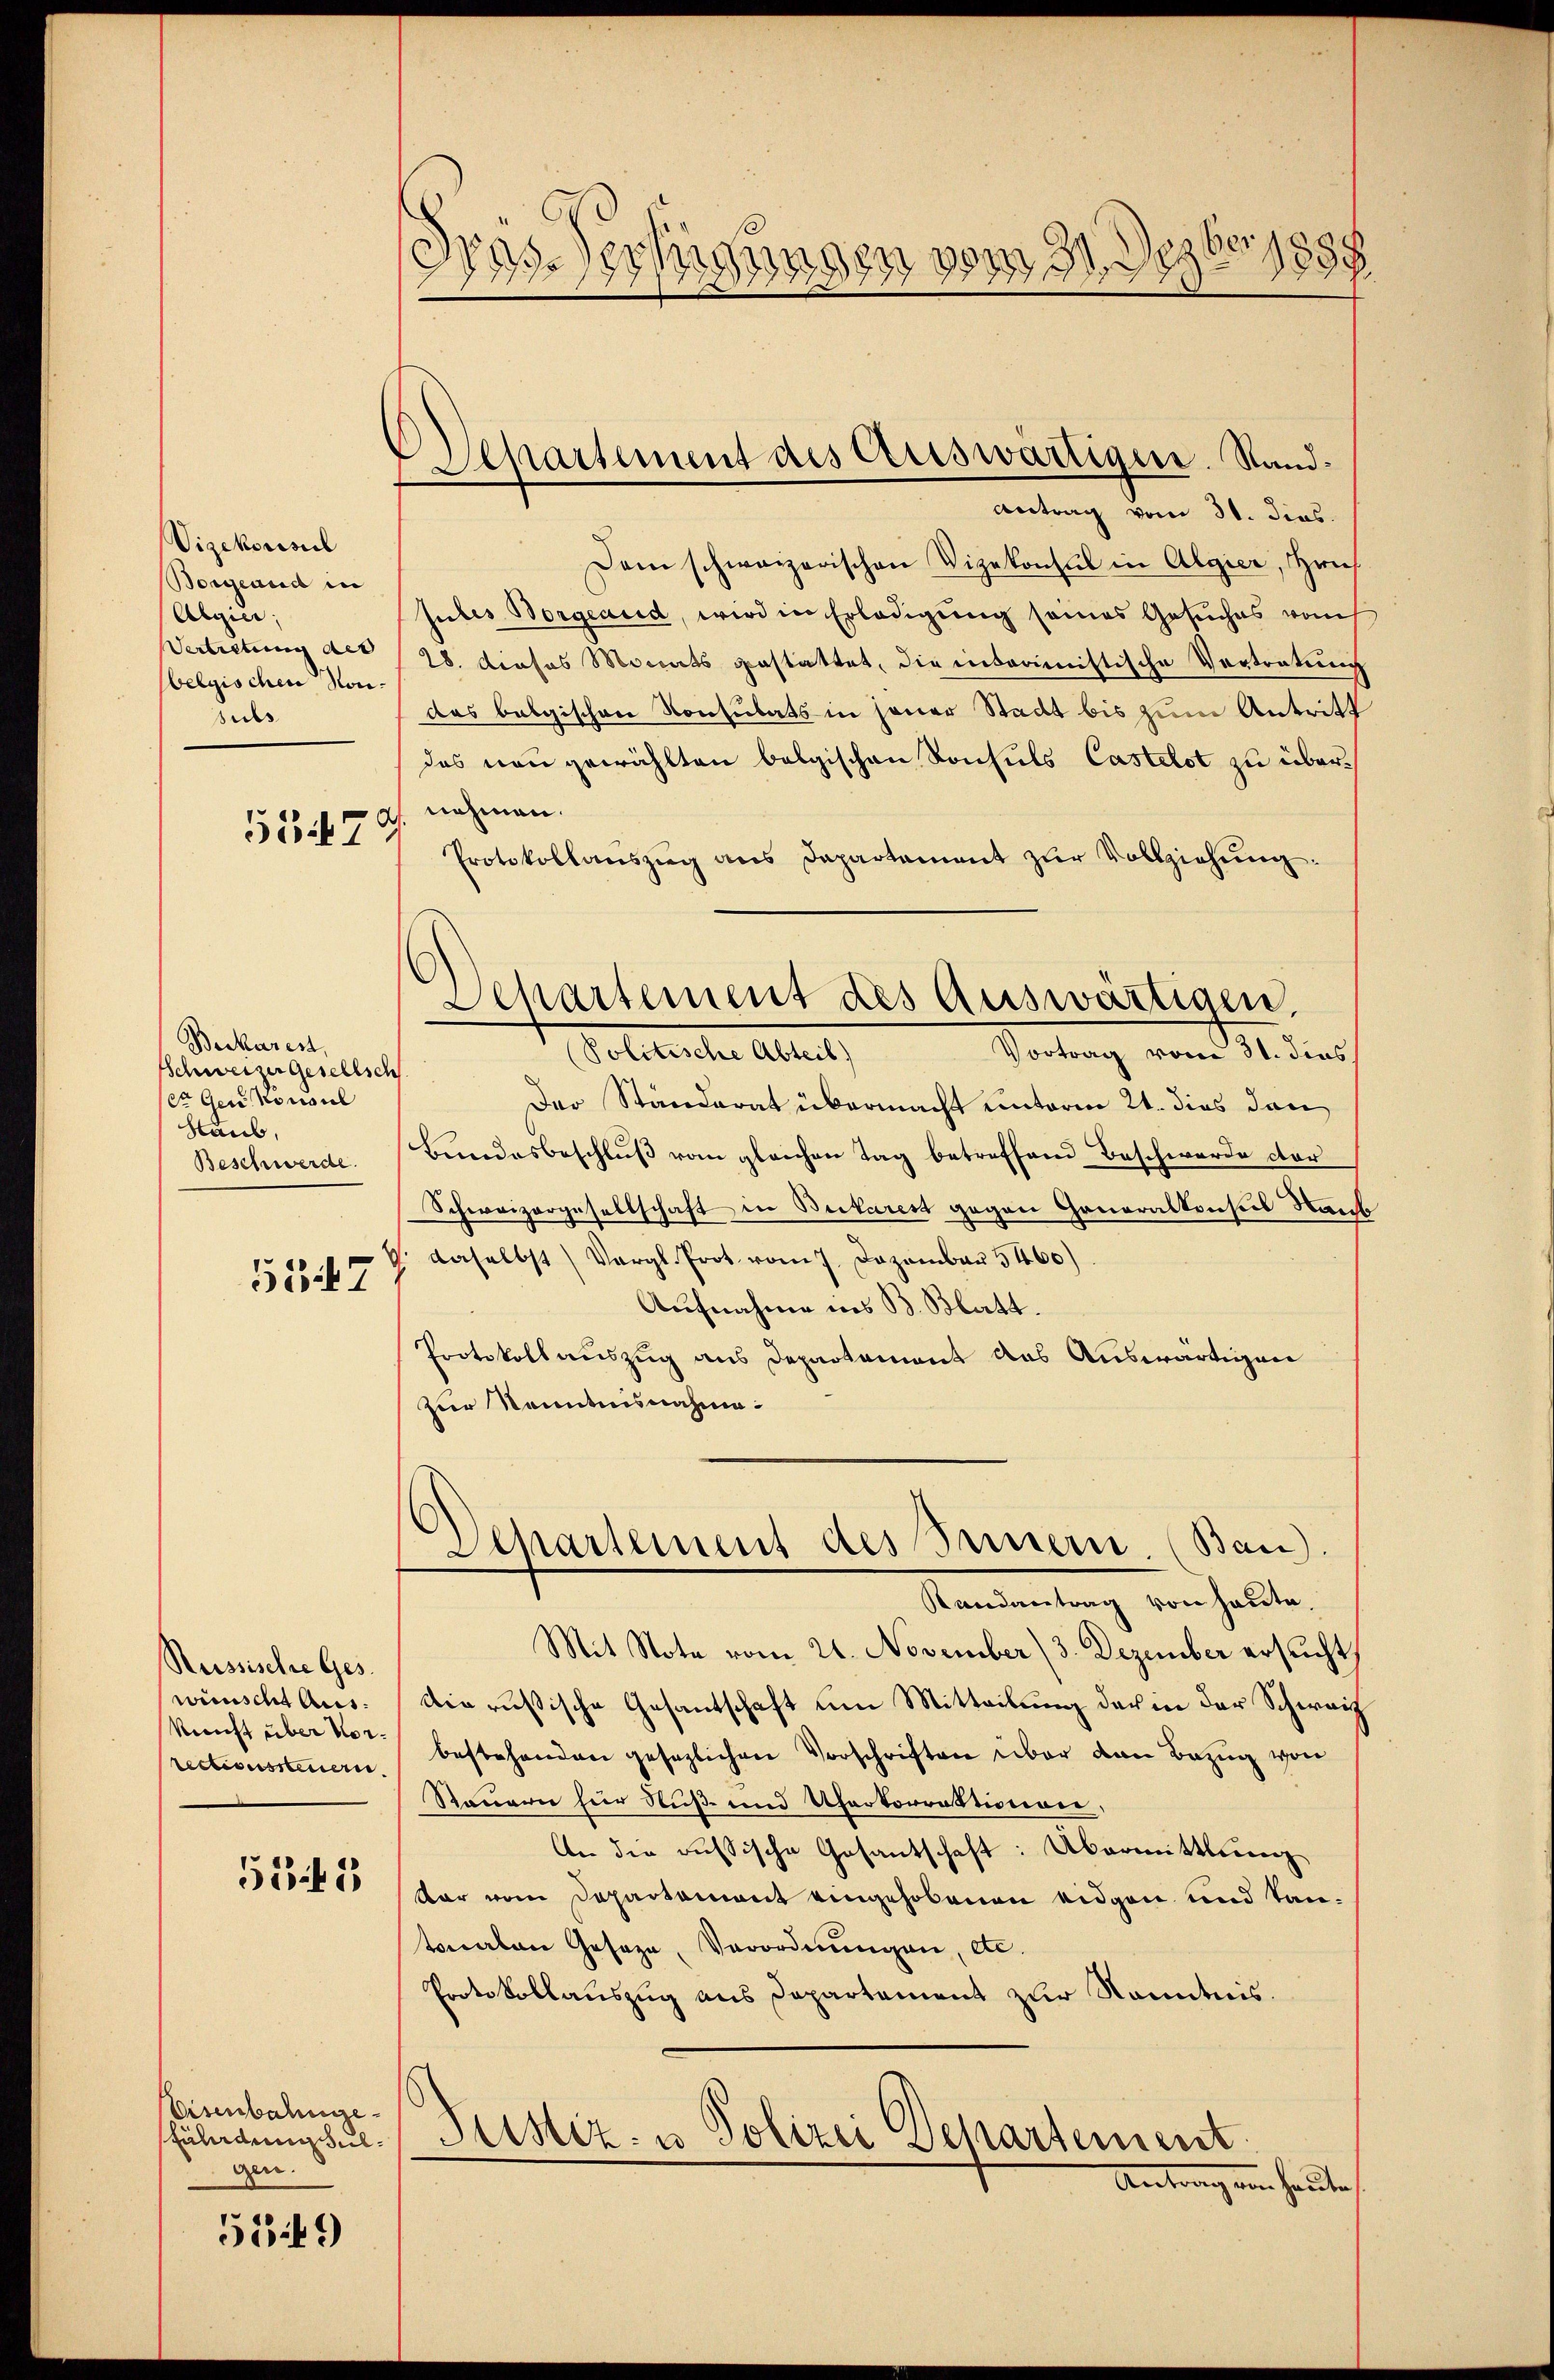
Vizekonsul
Borgend in
Algier;
Vertretung des |
belgischen Non.
sels

5347

Beckares,
Schweizer gesellsch
er Gen. Konsul
Haub,
Beschwerde.

5347

Russische Ges.
wünscht Aus
Kunst über Vorrectionssteuern.

531

Eisenbahnge
Euladenselgen.

5549)

1888
drassertigung
130m 31. Dez

Departement des Auswärtigen. Stand¬
Antrag vom 31. dies

d

Departement des Auswärtigen,
Politische Abteil)
Vortrag vom 31. dies

Dem schweizerischen Vizekonsul in Algier, Hrn.
sutes Borgeand, wird in Erledigŭng seines Gesuches vom
28. Dieses Monats gestattet, die indoamistische Vortretung
das belgischen Konsulats in jener Stadt bis zum Antritt
das neu gewählten belgischen Konsuls Castelst zu übernehmen.
Protokollanszŭg ans Departement zŭr Vollziehŭng.
Der Ständerat übermacht unterm 21. dies den
Bundesbeschluß vom gleichen Tag betreffend Beschwerde der
Schweizergesellschaft in Bickarest gegen Generalkonses Staub
G. daselbst Vergl. Prot vom 7. Dezember 5460)
Aufnahme ins B. Blatt.
Protokoll auszug aus Departament das Auswärtigen
Zur Kenntnisnahm¬
Departement des Innern. (Ban.
Randantrag von heute,
Mit Note vom 21. November 3. Dezember ersucht,
die russische Gesantschaft um Mitteilung der in der Schweiz
bestehenden gesezlichen Vorschriften über von Bezug von
Steuern für Nuß- und Uferkorrektionen,
An die russische Gesantschaft: Übermittlieg
dar vom Departement eingehobenen eidgen und kantonalen Geseze, Verordnungen, etc.
Protokollauszug aus Departement zur Kenntnis.
Justiz- u Polizei Departement
Antragen heute,